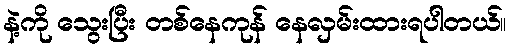
နဲ့ကို သွေးပြီး တစ်နေကုန် နေလှမ်းထားရပါတယ်။